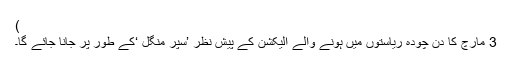
)
3 مارچ کا دن چودہ ریاستوں میں ہونے والے الیکشن کے پیش نظر ’سپر منگل ‘کے طور پر جانا جائے گا۔